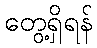
တွေ့ရှိရန်